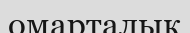
омарталық